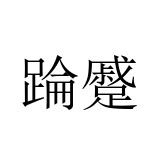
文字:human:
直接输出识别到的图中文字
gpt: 踚蹙